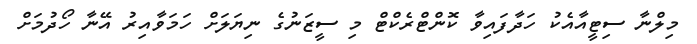
މިލްނާ ސިޓީއާއެކު ހަދާފައިވާ ކޮންޓްރެކްޓް މި ސީޒަނުގެ ނިޔަލަށް ހަމަވާއިރު އޭނާ ހޯދުމަށް